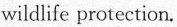
wildlife protection.